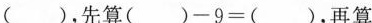
( )，先算( )-9=( )，再算